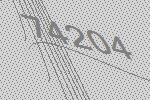
74204